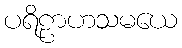
ပရိဠာဟသမယေ